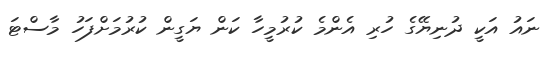
ނައު އަކީ ދުނިޔޭގެ ހުރި އެންމެ ކުރުމީހާ ކަން ޔަގީން ކުރުމަށްފަހު މާސްޓަ